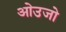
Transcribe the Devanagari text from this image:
ओउजो